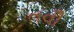
તવી